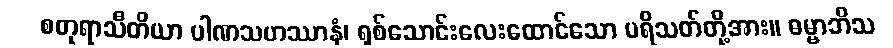
စတုရာသီတိယာ ပါဏသဟဿာနံ၊ ရှစ်သောင်းလေးထောင်သော ပရိသတ်တို့အား။ ဓမ္မာဘိသ